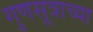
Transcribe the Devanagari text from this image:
गुणसूत्राच्या